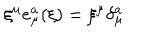
\xi ^ { \mu } e _ { \mu } ^ { a } ( \xi ) = \xi ^ { \mu } \delta _ { \mu } ^ { a }